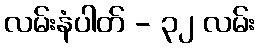
လမ်းနံပါတ် - ၃၂ လမ်း